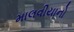
માલવીયાનો